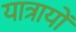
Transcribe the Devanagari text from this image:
यात्रायों